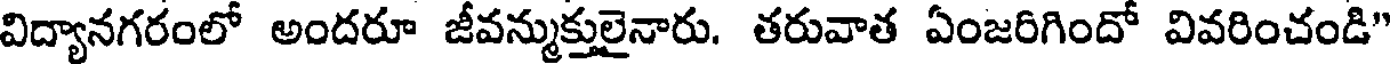
విద్యానగరంలో అందరూ జీవన్ముక్తులైనారు. తరువాత ఏంజరిగిందో వివరించండి"